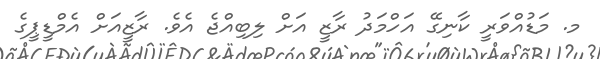
މ. މަޑުއްވަރީ ކާނިގޭ އަހްމަދު ރާޒީ އަށް ލިބިއްޖެ އެވެ. ރާޒީއަށް އެމްޑީޕީގެ